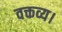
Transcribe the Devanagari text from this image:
वक्तव्य।